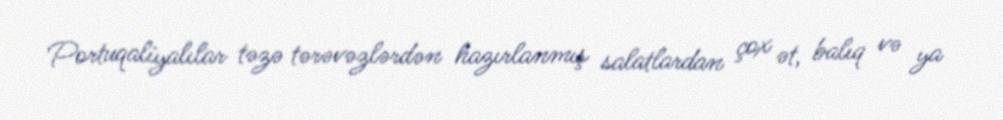
Portuqaliyalılar təzə tərəvəzlərdən hazırlanmış salatlardan çox ət, balıq və ya